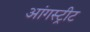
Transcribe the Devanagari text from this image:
आंगस्ट्रीट